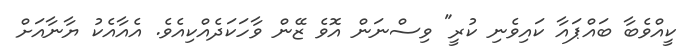
ކީއްވެބާ ބައްޕައާ ކައިވެނި ކުރީ" ވިސްނަން އޮވެ ޒޭން ވާހަކަދެއްކިއެވެ. އެއާއެކު ޔާނާއަށް